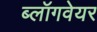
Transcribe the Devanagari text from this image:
ब्लॉगवेयर